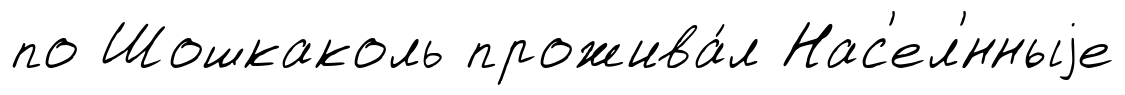
по Шошкаколь прожива́л Нас'ел'́нныjе